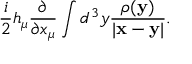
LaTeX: \frac { i } { 2 } h _ { \mu } \frac { \partial } { \partial x _ { \mu } } \int d ^ { 3 } y \frac { \rho ( { \bf y } ) } { | { \bf x } - { \bf y } | } .